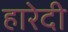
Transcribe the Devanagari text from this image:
हारेदी